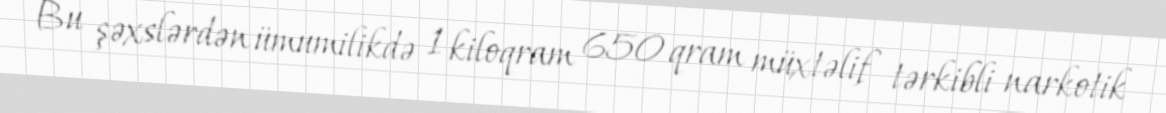
Bu şəxslərdən ümumilikdə 1 kiloqram 650 qram müxtəlif tərkibli narkotik